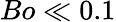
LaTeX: Bo\ll 0.1